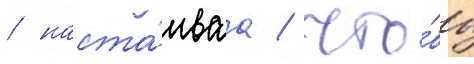
/ наста́иваа / что́бы